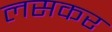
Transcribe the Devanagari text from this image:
लसकर